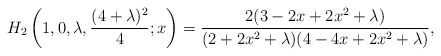
\begin{align*}H_2\left(1,0,\lambda, \frac{ (4+\lambda)^2}{4};x\right)=\frac{2 (3 - 2 x + 2 x^2 + \lambda)}{(2 + 2 x^2 + \lambda) (4 - 4 x + 2 x^2 +\lambda)},\end{align*}